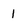
Character: I